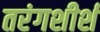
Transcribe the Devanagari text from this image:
तरंगशीर्श